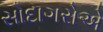
સોદાગરોએ